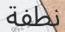
نطفة